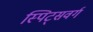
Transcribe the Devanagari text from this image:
स्पिट्सवर्ग